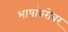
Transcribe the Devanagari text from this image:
भाषांबरोबर